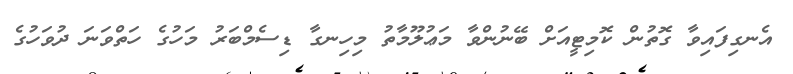
އެނގިފައިވާ ގޮތުން ކޮމިޓީއަށް ބޭނުންވާ މަޢުލޫމާތު މިހިނގާ ޑިސެމްބަރު މަހުގެ ހަތްވަނަ ދުވަހުގެ